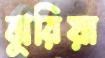
ঝুরিয়া